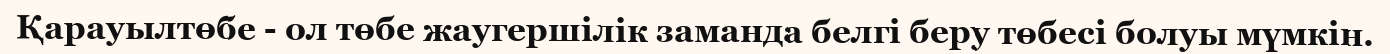
Қарауылтөбе - ол төбе жаугершілік заманда белгі беру төбесі болуы мүмкін.